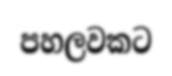
පහලවකට